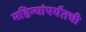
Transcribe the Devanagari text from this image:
महिन्यांपर्यंतची